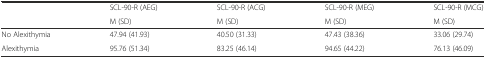
<table><thead><tr><td rowspan="2"></td><td><b>SCL-90-R (AEG)</b></td><td><b>SCL-90-R (ACG)</b></td><td><b>SCL-90-R (MEG)</b></td><td><b>SCL-90-R (MCG)</b></td></tr><tr><td><b>M (SD)</b></td><td><b>M (SD)</b></td><td><b>M (SD)</b></td><td><b>M (SD)</b></td></tr></thead><tbody><tr><td>No Alexithymia</td><td>47.94 (41.93)</td><td>40.50 (31.33)</td><td>47.43 (38.36)</td><td>33.06 (29.74)</td></tr><tr><td>Alexithymia</td><td>95.76 (51.34)</td><td>83.25 (46.14)</td><td>94.65 (44.22)</td><td>76.13 (46.09)</td></tr></tbody></table>